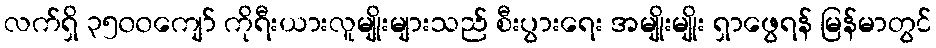
လက်ရှိ ၃၅၀၀ကျော် ကိုရီးယားလူမျိုးများသည် စီးပွားရေး အမျိုးမျိုး ရှာဖွေရန် မြန်မာတွင်